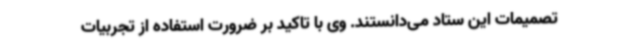
تصمیمات این ستاد می‌دانستند. وی با تاکید بر ضرورت استفاده از تجربیات